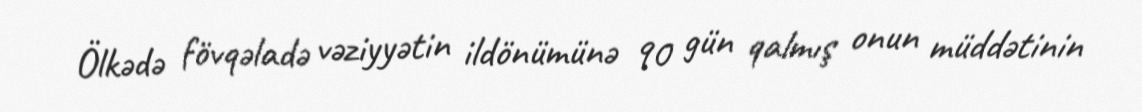
Ölkədə fövqəladə vəziyyətin ildönümünə 90 gün qalmış onun müddətinin